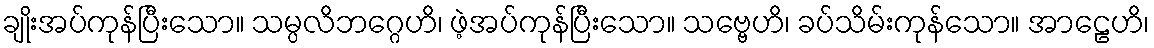
ချိုးအပ်ကုန်ပြီးသော။ သမ္ပလိဘဂ္ဂေဟိ၊ ဖဲ့အပ်ကုန်ပြီးသော။ သဗ္ဗေဟိ၊ ခပ်သိမ်းကုန်သော။ အာဠေဟိ၊